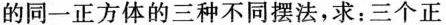
的同一正方体的三种不同摆法，求：三个正